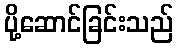
ပို့ဆောင်ခြင်းသည်